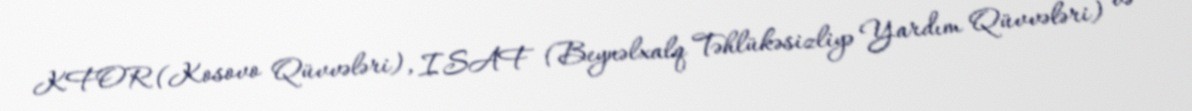
KFOR (Kosovo Qüvvələri), ISAF (Beynəlxalq Təhlükəsizliyə Yardım Qüvvələri) və